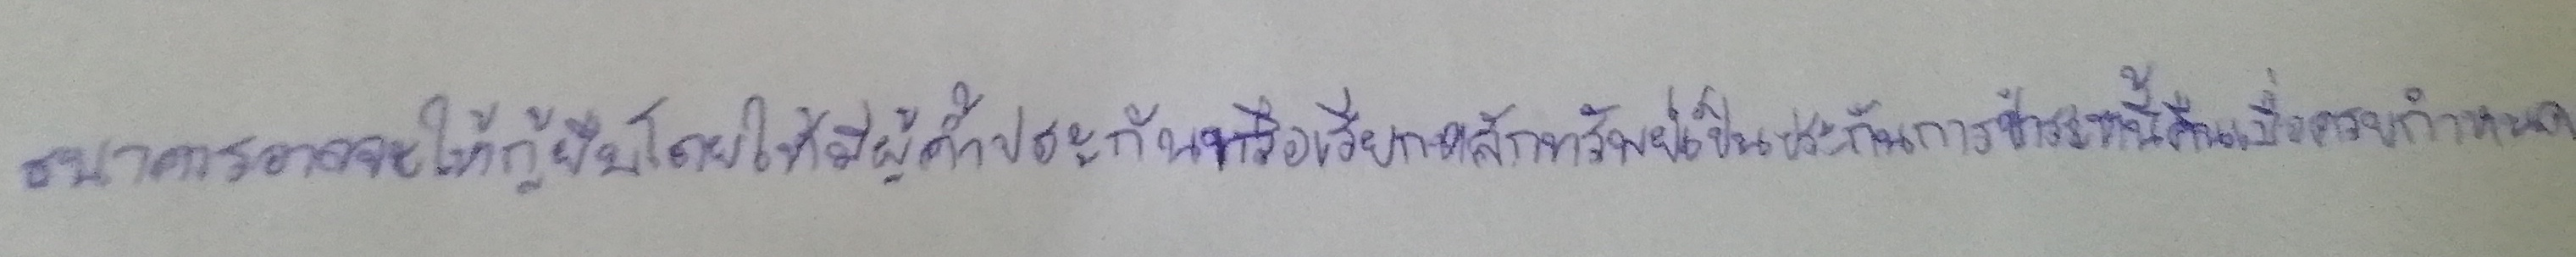
ธนาคารอาจจะให้กู้ยืมโดยให้มีผู้ค้ำประกันหรือเรียกหลักทรัพย์เป็นประกันการชำระหนี้คืนเมื่อครบกำหนด